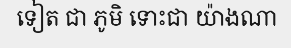
ទៀត ជា ភូមិ ទោះជា យ៉ាងណា